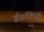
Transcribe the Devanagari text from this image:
ईडगिफु